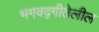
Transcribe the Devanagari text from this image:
भगवद्गीतेलील